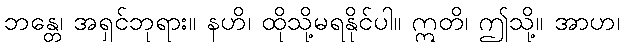
ဘန္တေ၊ အရှင်ဘုရား။ နဟိ၊ ထိုသို့မရနိုင်ပါ။ ဣတိ၊ ဤသို့။ အာဟ၊